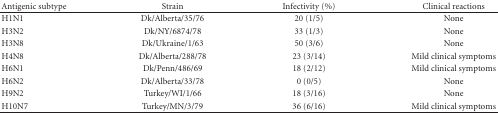
<table><thead><tr><td><b>Antigenic subtype</b></td><td><b>Strain</b></td><td><b>Infectivity (%)</b></td><td><b>Clinical reactions</b></td></tr></thead><tbody><tr><td>H1N1</td><td>Dk/Alberta/35/76</td><td>20 (1/5)</td><td>None</td></tr><tr><td>H3N2</td><td>Dk/NY/6874/78</td><td>33 (1/3)</td><td>None</td></tr><tr><td>H3N8</td><td>Dk/Ukraine/1/63</td><td>50 (3/6)</td><td>None</td></tr><tr><td>H4N8</td><td>Dk/Alberta/288/78</td><td>23 (3/14)</td><td>Mild clinical symptoms</td></tr><tr><td>H6N1</td><td>Dk/Penn/486/69</td><td>18 (2/12)</td><td>Mild clinical symptoms</td></tr><tr><td>H6N2</td><td>Dk/Alberta/33/78</td><td>0 (0/5)</td><td>None</td></tr><tr><td>H9N2</td><td>Turkey/WI/1/66</td><td>18 (3/16)</td><td>None</td></tr><tr><td>H10N7</td><td>Turkey/MN/3/79</td><td>36 (6/16)</td><td>Mild clinical symptoms</td></tr></tbody></table>